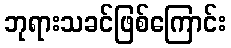
ဘုရားသခင်ဖြစ်ကြောင်း